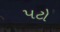
પટો